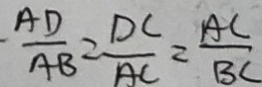
\frac { A D } { A B } = \frac { D C } { A C } = \frac { A C } { B C }